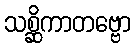
သစ္ဆိကာတဗ္ဗော